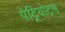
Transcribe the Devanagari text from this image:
पेट्रियोट्स